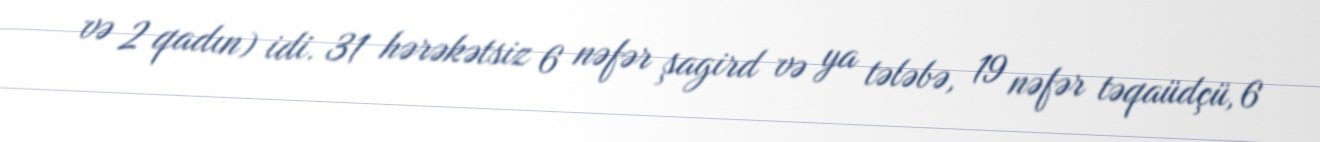
və 2 qadın) idi. 31 hərəkətsiz 6 nəfər şagird və ya tələbə, 19 nəfər təqaüdçü, 6